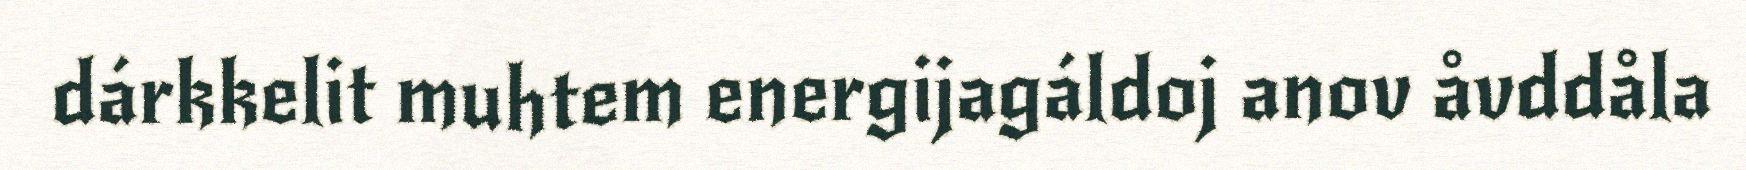
dárkkelit muhtem energijagáldoj anov åvddåla